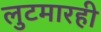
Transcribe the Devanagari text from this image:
लुटमारही